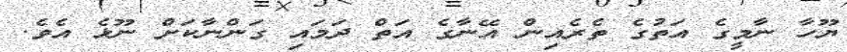
ޔޫހާ ނާމީގެ އަތުގެ ތެރެއިން އޭނާގެ އަތް ދަމައި ގަންނާކަށް ނޫޅެ އެވެ.